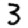
Digit: 3